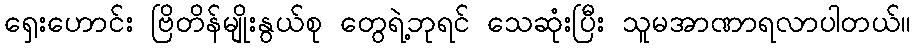
ရှေးဟောင်း ဗြိတိန်မျိုးနွယ်စု တွေရဲ့ဘုရင် သေဆုံးပြီး သူမအာဏာရလာပါတယ်။